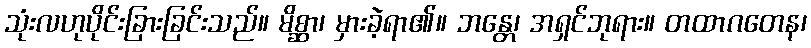
သုံးလဟုပိုင်းခြားခြင်းသည်။ မိစ္ဆာ၊ မှားခဲ့ရာ၏။ ဘန္တေ၊ အရှင်ဘုရား။ တထာဂတေန၊